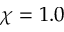
\chi = 1 . 0